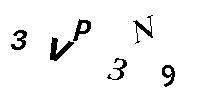
3VP3N9